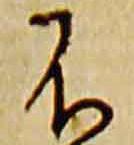
不